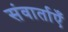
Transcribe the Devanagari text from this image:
संवार्ताएँ